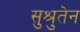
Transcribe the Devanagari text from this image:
सुश्रुतेन